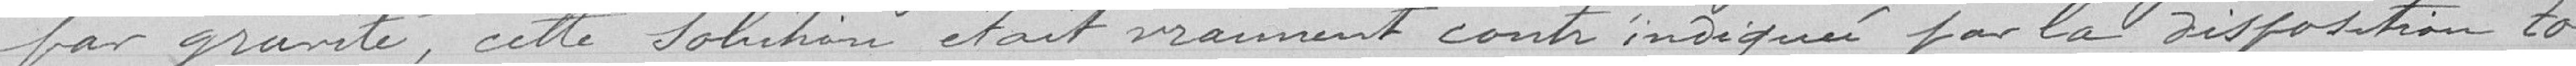
par gravité, cette solution était vraiment contre indiquée par la disposition to-